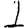
Digit: 1